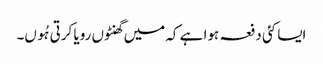
ایسا کئی دفعہ ہوا ہے کہ میں گھنٹوں رویا کرتی ہُوں۔